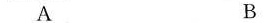
A B